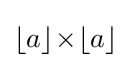
\lfloor a\rfloor \!\times \!\lfloor a\rfloor